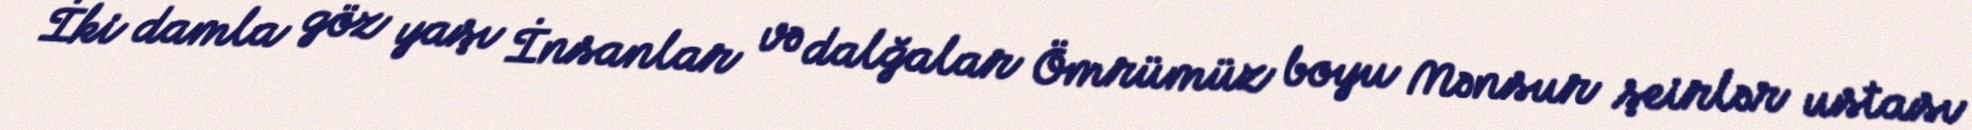
İki damla göz yaşı İnsanlar və dalğalar Ömrümüz boyu Mənsur şeirlər ustası